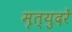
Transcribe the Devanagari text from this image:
मृत्युदरें